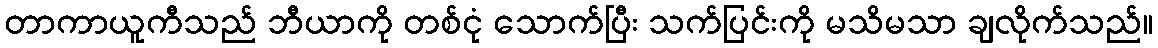
တာကာယူကီသည် ဘီယာကို တစ်ငုံ သောက်ပြီး သက်ပြင်းကို မသိမသာ ချလိုက်သည်။